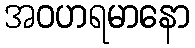
အဝဟရမာနော